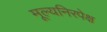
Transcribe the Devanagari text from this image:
मूल्यनिरपेक्ष